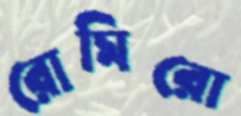
রোমিরো